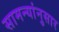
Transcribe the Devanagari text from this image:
सामन्यांनुसार